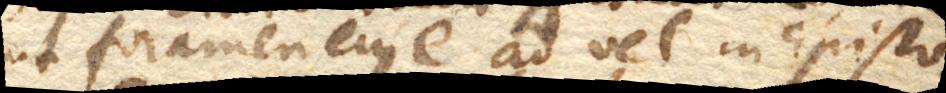
ut foramen ejus e. ad vel in Episto–